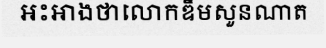
អះអាងថាលោកឌឹមសួនណាត